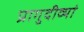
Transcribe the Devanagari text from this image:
प्रागुदीव्यां